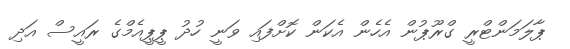
ޕާލަމަންޓްރީ ގްރޫޕުން އެހެން އެކަން ކޮށްފައި ވަނީ ހުދު ޕީޕީއެމްގެ ރައީސް އަދި